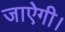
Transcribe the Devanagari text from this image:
जाऐगी।